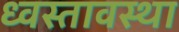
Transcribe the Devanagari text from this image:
ध्वस्तावस्था